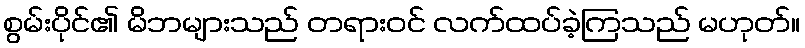
စွမ်းပိုင်၏ မိဘများသည် တရားဝင် လက်ထပ်ခဲ့ကြသည် မဟုတ်။